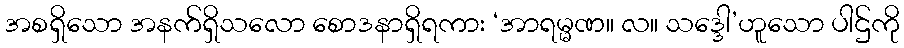
အစရှိသော အနက်ရှိသလော စောဒနာရှိရကား ‘အာရမ္မဏ။ လ။ သဒ္ဒေါ’ဟူသော ပါဌ်ကို